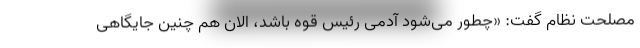
مصلحت نظام گفت: «چطور می‌شود آدمی رئیس قوه باشد، الان هم چنین جایگاهی